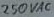
Text: 250VAC